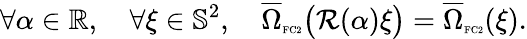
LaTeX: \forall\alpha\in\mathbb{R},\quad\forall\xi\in\mathbb{S}^{2},\quad\overline{{\Omega}}_{\textnormal{\tiny{FC2}}}\big(\mathcal{R}(\alpha)\xi\big)=\overline{{\Omega}}_{\textnormal{\tiny{FC2}}}(\xi).